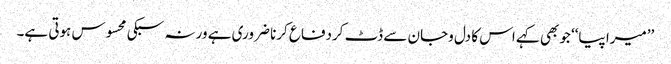
’’میرا پیا‘‘ جوبھی کہے اس کا دل وجان سے ڈٹ کردفاع کرنا ضروری ہے ورنہ سبکی محسوس ہوتی ہے۔